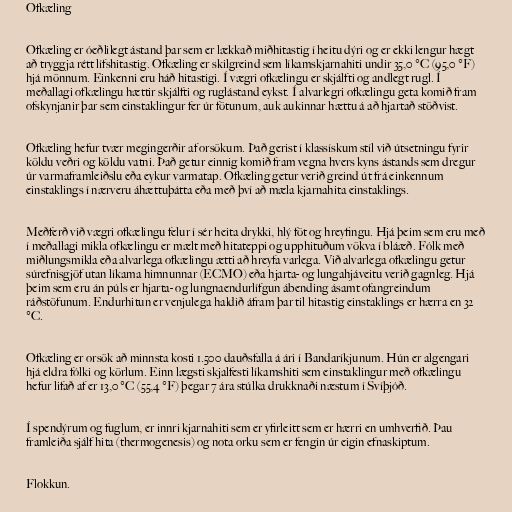
Ofkæling

Ofkæling er óeðlilegt ástand þar sem er lækkað miðhitastig í heitu dýri og er ekki lengur hægt
að tryggja rétt lífshitastig. Ofkæling er skilgreind sem líkamskjarnahiti undir 35,0 °C (95,0 °F)
hjá mönnum. Einkenni eru háð hitastigi. Í vægri ofkælingu er skjálfti og andlegt rugl. Í
meðallagi ofkælingu hættir skjálfti og ruglástand eykst. Í alvarlegri ofkælingu geta komið fram
ofskynjanir þar sem einstaklingur fer úr fötunum, auk aukinnar hættu á að hjartað stöðvist.

Ofkæling hefur tvær megingerðir af orsökum. Það gerist í klassískum stíl við útsetningu fyrir
köldu veðri og köldu vatni. Það getur einnig komið fram vegna hvers kyns ástands sem dregur
úr varmaframleiðslu eða eykur varmatap. Ofkæling getur verið greind út frá einkennum
einstaklings í nærveru áhættuþátta eða með því að mæla kjarnahita einstaklings.

Meðferð við vægri ofkælingu felur í sér heita drykki, hlý föt og hreyfingu. Hjá þeim sem eru með
í meðallagi mikla ofkælingu er mælt með hitateppi og upphituðum vökva í bláæð. Fólk með
miðlungsmikla eða alvarlega ofkælingu ætti að hreyfa varlega. Við alvarlega ofkælingu getur
súrefnisgjöf utan líkama himnunnar (ECMO) eða hjarta- og lungahjáveitu verið gagnleg. Hjá
þeim sem eru án púls er hjarta- og lungnaendurlífgun ábending ásamt ofangreindum
ráðstöfunum. Endurhitun er venjulega haldið áfram þar til hitastig einstaklings er hærra en 32
°C.

Ofkæling er orsök að minnsta kosti 1.500 dauðsfalla á ári í Bandaríkjunum. Hún er algengari
hjá eldra fólki og körlum. Einn lægsti skjalfesti líkamshiti sem einstaklingur með ofkælingu
hefur lifað af er 13,0 °C (55,4 °F) þegar 7 ára stúlka drukknaði næstum í Svíþjóð.

Í spendýrum og fuglum, er innri kjarnahiti sem er yfirleitt sem er hærri en umhverfið. Þau
framleiða sjálf hita (thermogenesis) og nota orku sem er fengin úr eigin efnaskiptum.

Flokkun.